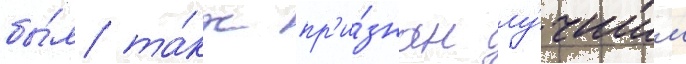
бы́л та́кж пр'и́знан лу́чшим